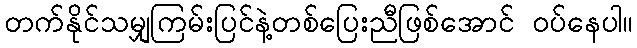
တက်နိုင်သမျှကြမ်းပြင်နဲ့တစ်ပြေးညီဖြစ်အောင် ဝပ်နေပါ။